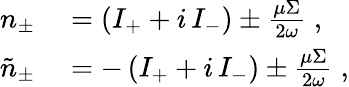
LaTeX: \begin{array}{rl}{n_{\pm}}&{{}=\left(I_{+}+i\, I_{-}\right)\pm\frac{\mu\Sigma}{2\omega}\; ,}\\ {\tilde{n}_{\pm}}&{{}=-\left(I_{+}+i\, I_{-}\right)\pm\frac{\mu\Sigma}{2\omega}\; ,}\end{array}